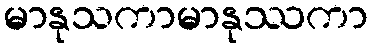
မာနုသကာမာနုဿကာ